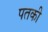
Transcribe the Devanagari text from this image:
पतकी